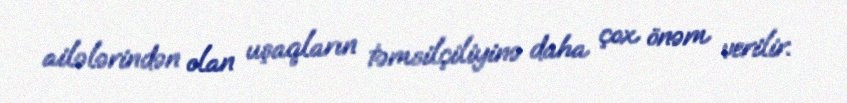
ailələrindən olan uşaqların təmsilçiliyinə daha çox önəm verilir.